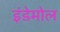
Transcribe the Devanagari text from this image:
इंडेमोल